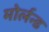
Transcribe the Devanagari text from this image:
मोर्लन्ड